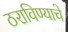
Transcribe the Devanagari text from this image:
ठराविण्याचे